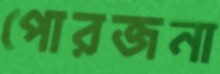
পোরজনা